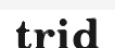
trid